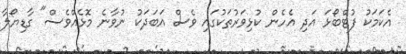
އެކަމަކު ފުޓްބޯޅަ އަދި އެހެން ކުޅިވަރުތަކުގައި ވެސް އަބަދަކު ނުވާނެ މޮޅެއްވެސް" ގާޑިޔޯލާ